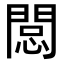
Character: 𨴽